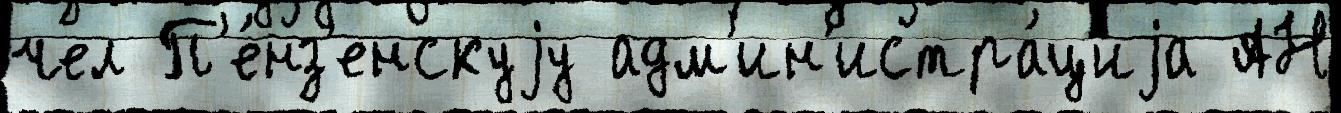
чел П'е́нз'енскуjу адм'ин'истра́циjа АН